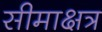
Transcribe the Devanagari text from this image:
सीमाक्षत्र